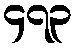
၄၇၃